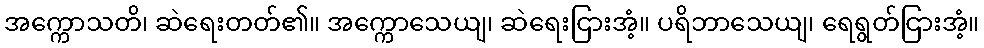
အက္ကောသတိ၊ ဆဲရေးတတ်၏။ အက္ကောသေယျ၊ ဆဲရေးငြားအံ့။ ပရိဘာသေယျ၊ ရေရွတ်ငြားအံ့။